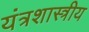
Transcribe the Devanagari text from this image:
यंत्रशास्त्रीय